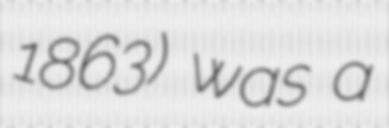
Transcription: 1863) was a